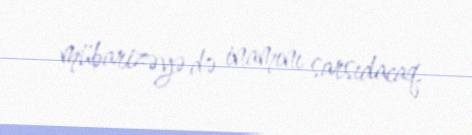
mübarizəyə də inamını sarsıdacaq.